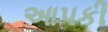
આપકી